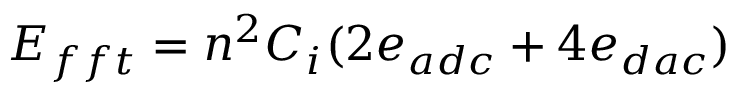
E _ { f f t } = n ^ { 2 } C _ { i } ( 2 e _ { a d c } + 4 e _ { d a c } )